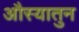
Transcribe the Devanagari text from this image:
औस्यातुन